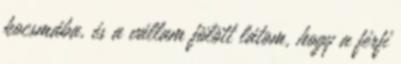
kocsmába, és a vállam fölött látom, hogy a férfi